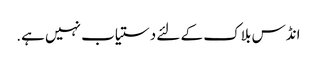
انڈس بلاک کے لئے دستیاب نہیں ہے.